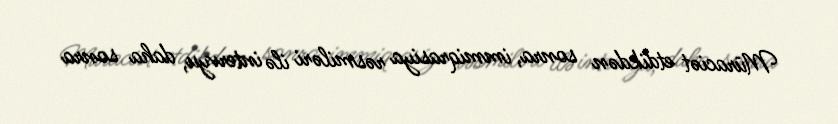
Müraciət etdikdən sonra, immiqrasiya rəsmiləri ilə intervyu, daha sonra